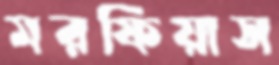
মরফিয়াস